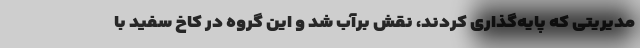
مدیریتی که پایه‌گذاری کردند، نقش برآب شد و این گروه در کاخ سفید با